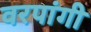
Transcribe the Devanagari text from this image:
वरपांगी